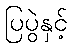
ပြပွဲနှင့်